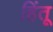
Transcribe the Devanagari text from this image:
हिंतू